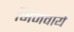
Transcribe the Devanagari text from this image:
भिजवाये